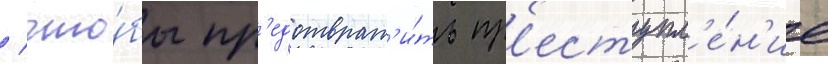
/ что́бы пр'едотврат'и́ть пр'еступл'е́н'ие